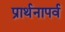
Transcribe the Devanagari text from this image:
प्रार्थनापर्व